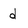
Character: d